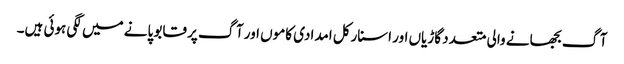
آگ بجھانے والی متعدد گاڑیاں اور اسنارکل امدادی کاموں اور آگ پر قابو پانے میں لگی ہوئی ہیں۔